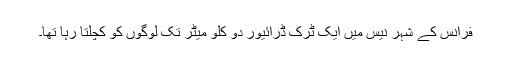
فرانس کے شہر نیس میں ایک ٹرک ڈرائیور دو کلو میٹر تک لوگوں کو کچلتا رہا تھا۔